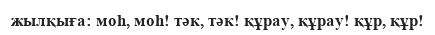
жылқыға: моһ, моһ! тәк, тәк! құрау, құрау! құр, құр!